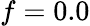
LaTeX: f=0.0